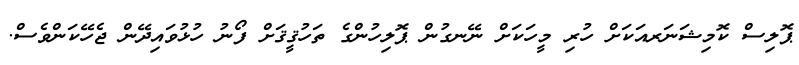
ޕޮލިސް ކޮމިޝަނަރއަކަށް ހުރި މީހަކަށް ނޭނގުން ޕޮލިހުންގެ ތަހުޤީޤަށް ފޯނު ހުޅުވައިދޭން ޖެހޭކަންވެސް.